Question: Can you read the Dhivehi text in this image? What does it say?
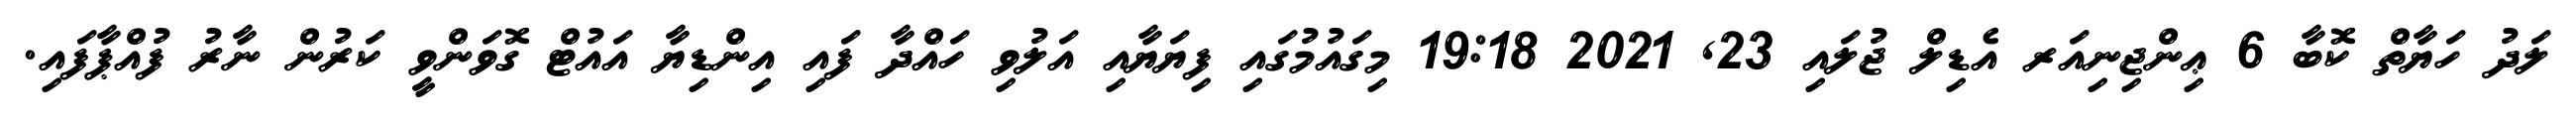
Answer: ލަދު ހަޔާތް ކޮބާ 6 ޢިންޖިނިއަރ އެޑިލް ޖުލައި 23, 2021 19:18 މިގައުމުގައި ފިޔަޔާއި އަލުވި ހައްދާ ފައި އިންޑިޔާ އައުޓް ގޮވަންވީ ކަރުން ނާރު ފުއްޕާފައި.